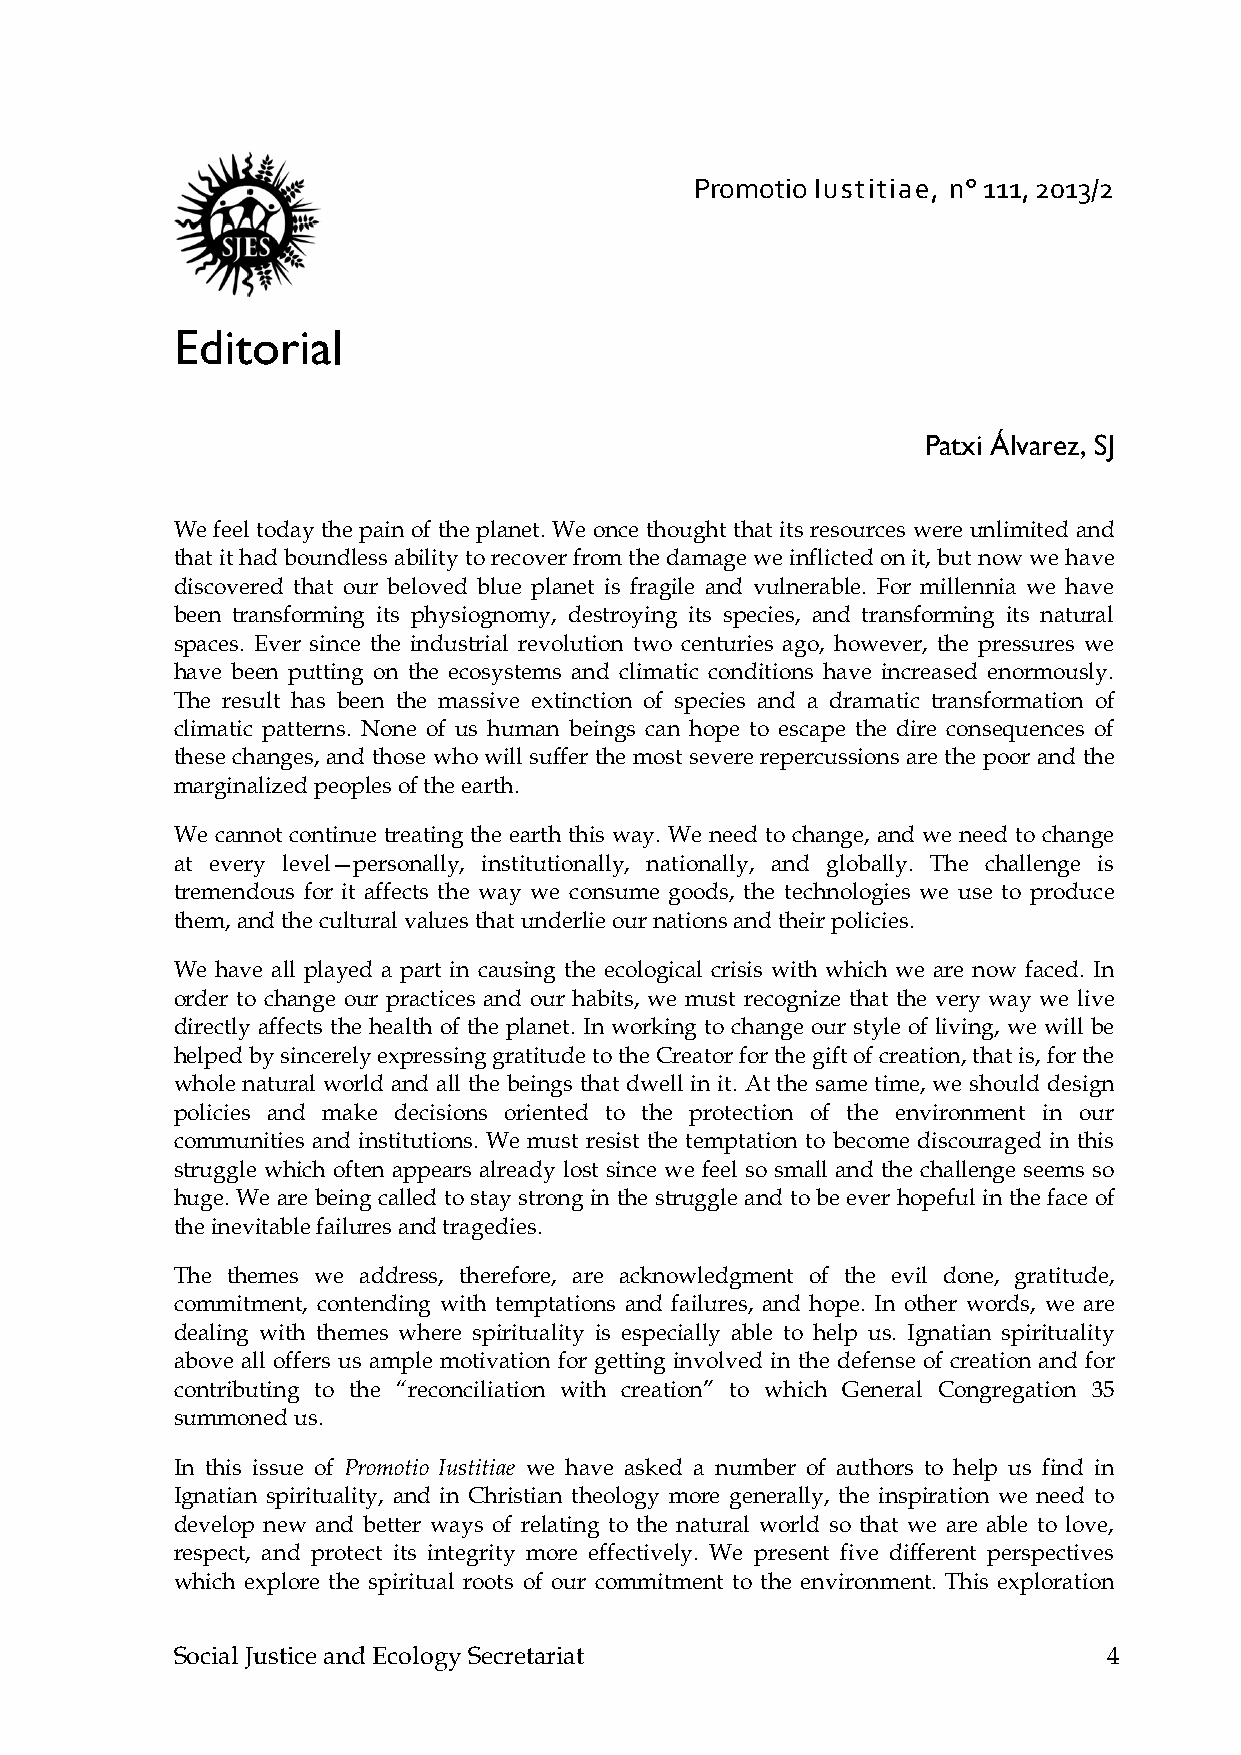
Promotio Iustitiae, n° 111, 2013/2
 Editorial
 Patxi Álvarez, SJ
 We feel today the pain of the planet. We once thought that its resources were unlimited and
 that it had boundless ability to recover from the damage we inflicted on it, but now we have
 discovered that our beloved blue planet is fragile and vulnerable. For millennia we have
 been transforming its physiognomy, destroying its species, and transforming its natural
 spaces. Ever since the industrial revolution two centuries ago, however, the pressures we
 have been putting on the ecosystems and climatic conditions have increased enormously.
 The result has been the massive extinction of species and a dramatic transformation of
 climatic patterns. None of us human beings can hope to escape the dire consequences of
 these changes, and those who will suffer the most severe repercussions are the poor and the
 marginalized peoples of the earth.
 We cannot continue treating the earth this way. We need to change, and we need to change
 at every level—personally, institutionally, nationally, and globally. The challenge is
 tremendous for it affects the way we consume goods, the technologies we use to produce
 them, and the cultural values that underlie our nations and their policies.
 We have all played a part in causing the ecological crisis with which we are now faced. In
 order to change our practices and our habits, we must recognize that the very way we live
 directly affects the health of the planet. In working to change our style of living, we will be
 helped by sincerely expressing gratitude to the Creator for the gift of creation, that is, for the
 whole natural world and all the beings that dwell in it. At the same time, we should design
 policies and make decisions oriented to the protection of the environment in our
 communities and institutions. We must resist the temptation to become discouraged in this
 struggle which often appears already lost since we feel so small and the challenge seems so
 huge. We are being called to stay strong in the struggle and to be ever hopeful in the face of
 the inevitable failures and tragedies.
 The themes we address, therefore, are acknowledgment of the evil done, gratitude,
 commitment, contending with temptations and failures, and hope. In other words, we are
 dealing with themes where spirituality is especially able to help us. Ignatian spirituality
 above all offers us ample motivation for getting involved in the defense of creation and for
 contributing to the “reconciliation with creation” to which General Congregation 35
 summoned us.
 In this issue of Promotio Iustitiae we have asked a number of authors to help us find in
 Ignatian spirituality, and in Christian theology more generally, the inspiration we need to
 develop new and better ways of relating to the natural world so that we are able to love,
 respect, and protect its integrity more effectively. We present five different perspectives
 which explore the spiritual roots of our commitment to the environment. This exploration
 Social Justice and Ecology Secretariat                       4